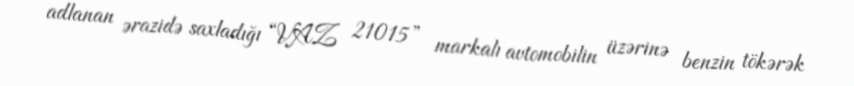
adlanan ərazidə saxladığı “VAZ 21015” markalı avtomobilin üzərinə benzin tökərək